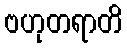
ဗဟုတရာတိ